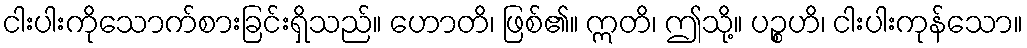
ငါးပါးကိုသောက်စားခြင်းရှိသည်။ ဟောတိ၊ ဖြစ်၏။ ဣတိ၊ ဤသို့။ ပဉ္စဟိ၊ ငါးပါးကုန်သော။